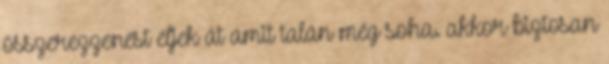
összerezzenést éljek át amit talán még soha. akkor biztosan